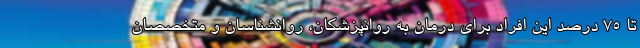
تا ۷۵ درصد این افراد برای درمان به روانپزشکان، روانشناسان و متخصصان